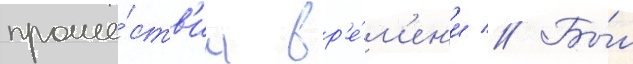
проше́ств'ии вр'е́м'ен'и // Бы́л